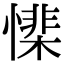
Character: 𢡅